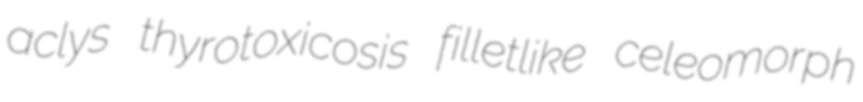
aclys thyrotoxicosis filletlike celeomorph